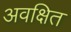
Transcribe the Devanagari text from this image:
अवक्षित